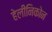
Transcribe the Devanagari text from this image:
हेलीनिकोन